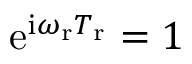
\mathrm { e } ^ { \mathrm { i } \omega _ { \mathrm { r } } T _ { \mathrm { r } } } = 1